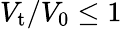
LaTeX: V_{\mathrm{t}}/V_{\mathrm{0}}\leq 1